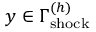
y \in \Gamma _ { \mathrm { s h o c k } } ^ { ( h ) }